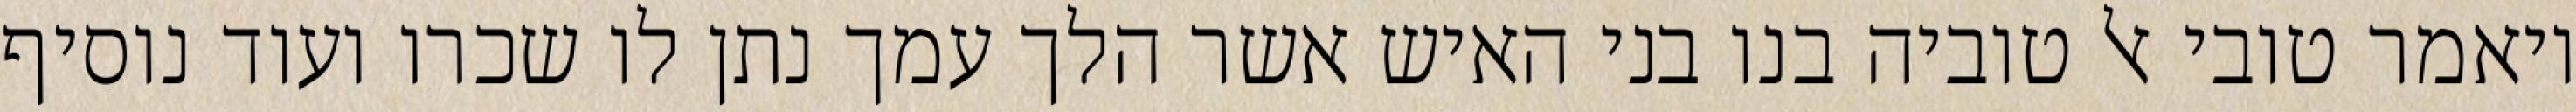
ויאמר טובי אל טוביה בנו בני האיש אשר הלך עמך נתן לו שכרו ועוד נוסיף